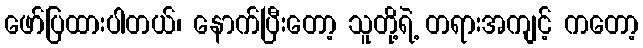
ဖော်ပြထားပါတယ်၊ နောက်ပြီးတော့ သူတို့ရဲ့ တရားအကျင့် ကတော့